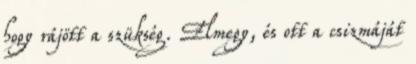
hogy rájött a szükség. Elmegy, és ott a csizmáját